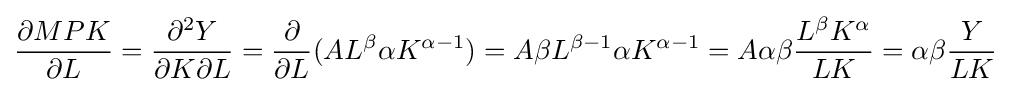
{\dfrac {\partial MPK}{\partial L}}={\dfrac {\partial ^{2}Y}{\partial K\partial L}}={\dfrac {\partial }{\partial L}}(AL^{\beta }\alpha K^{\alpha -1})=A\beta L^{\beta -1}\alpha K^{\alpha -1}=A\alpha \beta {\dfrac {L^{\beta }K^{\alpha }}{LK}}=\alpha \beta {\dfrac {Y}{LK}}